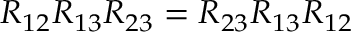
R _ { 1 2 } R _ { 1 3 } R _ { 2 3 } = R _ { 2 3 } R _ { 1 3 } R _ { 1 2 }